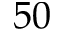
5 0